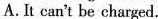
A.It can't be charged.